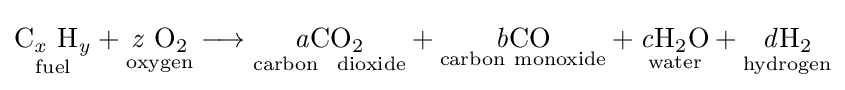
{{\underset {\mathrm {fuel} }{\mathrm {C} {\vphantom {A}}_{\smash[{t}]{\mathit {x}}}~\mathrm {H} {\vphantom {A}}_{\smash[{t}]{\mathit {y}}}}}{}+{}{\underset {\mathrm {oxygen} }{{\mathit {z}}~\mathrm {O} {\vphantom {A}}_{\smash[{t}]{2}}}}{}\mathrel {\longrightarrow } {}{\underset {\mathrm {carbon} ~\ \mathrm {dioxide} }{{\mathit {a}}\mathrm {CO} {\vphantom {A}}_{\smash[{t}]{2}}}}{}+{}{\underset {\mathrm {carbon} \ \mathrm {monoxide} }{{\mathit {b}}\mathrm {CO} }}{}+{}{\underset {\mathrm {water} }{{\mathit {c}}\mathrm {H} {\vphantom {A}}_{\smash[{t}]{2}}\mathrm {O} }}{}+{}{\underset {\mathrm {hydrogen} }{{\mathit {d}}\mathrm {H} {\vphantom {A}}_{\smash[{t}]{2}}}}}